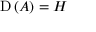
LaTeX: \operatorname { D } \left( A \right) = H